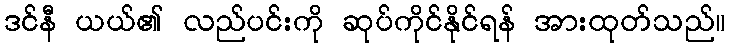
ဒင်နီ ယယ်၏ လည်ပင်းကို ဆုပ်ကိုင်နိုင်ရန် အားထုတ်သည်။